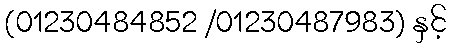
(01230484852 /01230487983) နှင့်